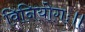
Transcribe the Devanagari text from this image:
विनियोगः॥